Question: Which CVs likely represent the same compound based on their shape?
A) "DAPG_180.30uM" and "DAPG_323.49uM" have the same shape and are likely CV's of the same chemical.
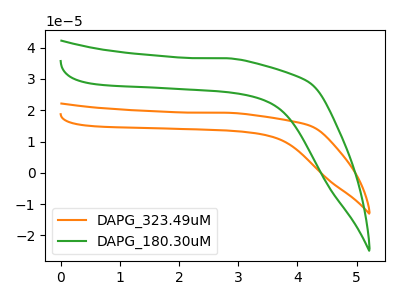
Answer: <think>The orange curve "DAPG_323.49uM" has no peaks. The green curve "DAPG_180.30uM" has no peaks.
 Neither "DAPG_323.49uM" or "DAPG_180.30uM" have any peaks.</think>
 <answer>A) "DAPG_180.30uM" and "DAPG_323.49uM" have the same shape and are likely CV's of the same chemical.</answer>
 <eval>A</eval>